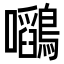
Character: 𭍉